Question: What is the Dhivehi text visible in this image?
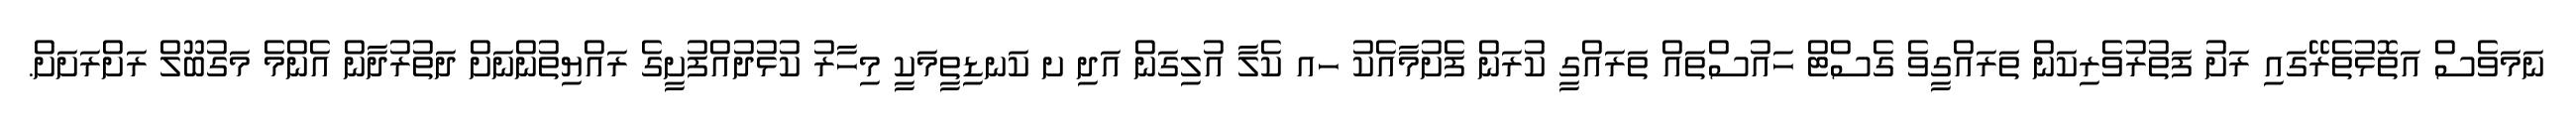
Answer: ނަމަވެސް އަތޮޅުތެރޭގައި ރަށު ފަތުރުވެރިކަން ތަރައްގީވެ ގެސްޓް ހައުސްތައް ތަރައްގީ ކުރަން ފެށުމާއެކު ހއ ކެލާ އުލިގަން އަދި ށ ކަނޑިތީމަކީ މިހާރު ކުޅުދުއްފުށީގެ ރައްޔިތުންނަށް ދަތުރުދާން އެންމެ މަގުބޫލް ރަށްރަށަށް.